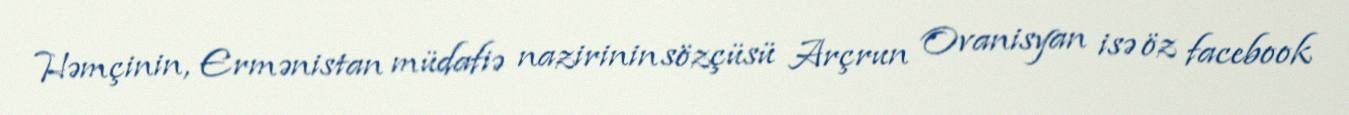
Həmçinin, Ermənistan müdafiə nazirinin sözçüsü Arçrun Ovanisyan isə öz facebook